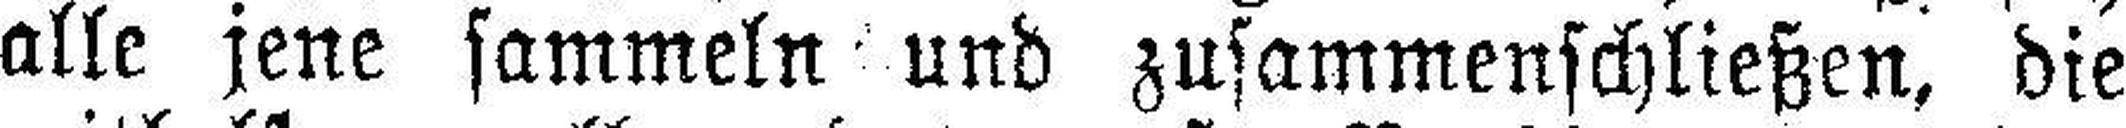
alle jene sammeln und zusammenschließen, die